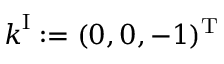
\boldsymbol { k } ^ { \mathrm { I } } : = ( 0 , 0 , - 1 ) ^ { \mathrm { T } }